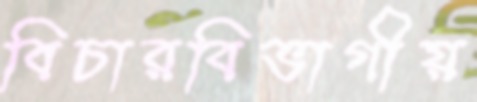
বিচারবিভাগীয়